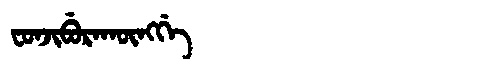
Manchu: ᠸᠣᠨᠵᡳᠪᡠᡵᠠᡴᡡᠩᡤᡝ
Romanization: FONJIBURAKŪNGGE